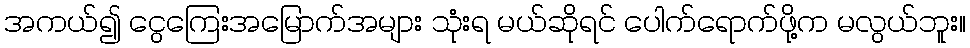
အကယ်၍ ငွေကြေးအမြောက်အများ သုံးရ မယ်ဆိုရင် ပေါက်ရောက်ဖို့က မလွယ်ဘူး။